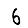
Digit: 6